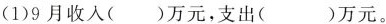
(1)9月收入()万元，支出()万元。